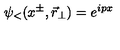
\psi _ { < } ( x ^ { \pm } , { \vec { r } } _ { \perp } ) = e ^ { i p x }